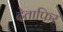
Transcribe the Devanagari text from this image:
देताफिर